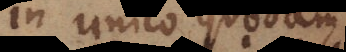
in unico quodam